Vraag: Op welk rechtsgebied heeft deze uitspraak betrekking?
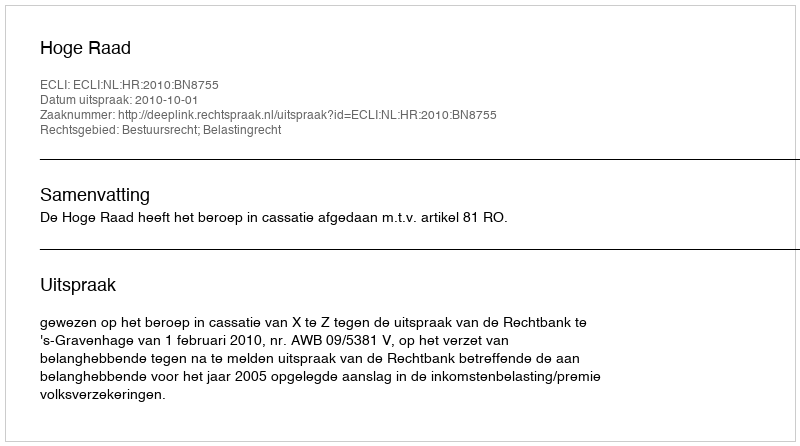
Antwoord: Bestuursrecht; Belastingrecht